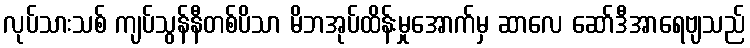
လုပ်သားသစ် ကျပ်သွန်နီတစ်ပိသာ မိဘအုပ်ထိန်းမှုအောက်မှ ဆာလေ ဆော်ဒီအာရေဗျသည်